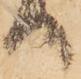
り